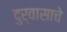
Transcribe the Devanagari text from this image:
दुर्वासाचे